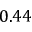
0 . 4 4